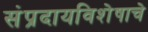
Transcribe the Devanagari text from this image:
संप्रदायविशेषाचे